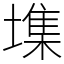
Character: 㙫